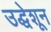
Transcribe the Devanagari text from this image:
उद्धेशून